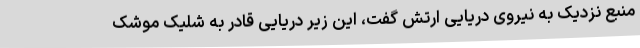
منبع نزدیک به نیروی دریایی ارتش گفت، این زیر دریایی قادر به شلیک موشک